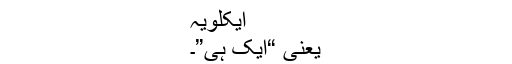
ایکلویہؔ
یعنی “ایک ہی”ٗ۔